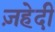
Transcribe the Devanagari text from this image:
ज़हेदी